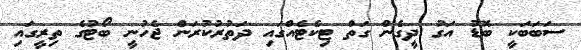
ސަބަބަކީ ބޮޑު އަގު ދީގެން ގަތް ޓިކެޓެއްގައި ދަތުރުކުރަން ޖެހުނީ ބޯޓުގެ ތިރީގައި